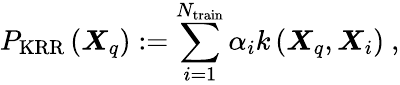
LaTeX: P_{\mathrm{KRR}}\left(\boldsymbol{X}_{q}\right):=\sum_{i=1}^{N_{\mathrm{train}}}\alpha_{i}k\left(\boldsymbol{X}_{q},\boldsymbol{X}_{i}\right)~,